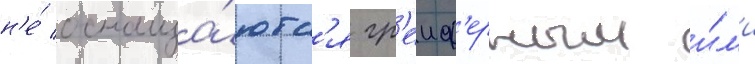
н'е́ оснаща́ютс'я гр'еиф'ерным и́л'и